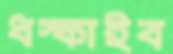
ধস্‌কাইব